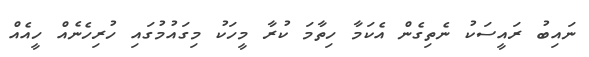
ނައިބު ރައީސަކު ނެތިގެން އެކަމާ ހިތާމަ ކުރާ މީހަކު މިގައުމުގައި ހުރިހެނެއް ހީއެއް